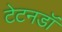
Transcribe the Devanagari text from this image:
टेटनडॉ